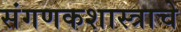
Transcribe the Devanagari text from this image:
संगणकशास्त्राचे